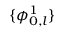
\{ \boldsymbol { \phi } _ { 0 , l } ^ { 1 } \}